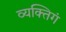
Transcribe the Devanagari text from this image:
व्यक्तिगं